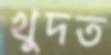
খুদত